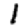
Digit: 1